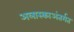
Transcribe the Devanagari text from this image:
अलास्काअंतर्गत